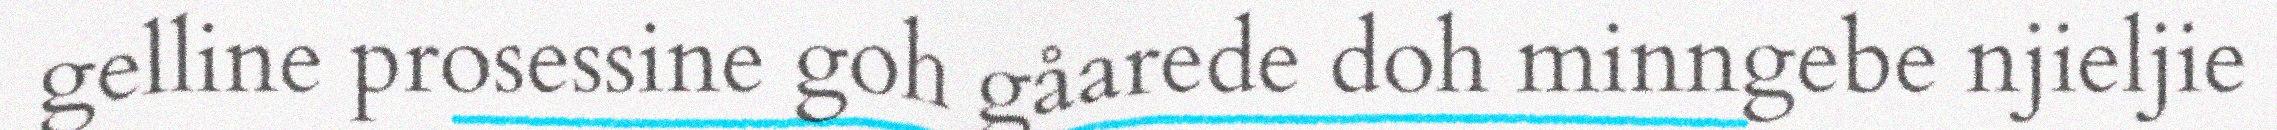
gelline prosessine goh gåarede doh minngebe njieljie